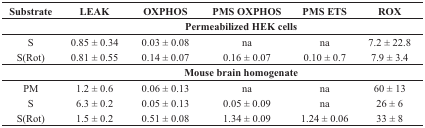
| Substrate | LEAK | OXPHOS | PMS OXPHOS | PMS ETS | ROX |
 | --- | --- | --- | --- | --- | --- |
 |  | <COLSPAN=5> Permeabilized HEK cells |
 | S | 0.85 ± 0.34 | 0.03 ± 0.08 | na | na | 7.2 ± 22.8 |
 | S(Rot) | 0.81 ± 0.55 | 0.14 ± 0.07 | 0.16 ± 0.07 | 0.10 ± 0.7 | 7.9 ± 3.4 |
 |  | <COLSPAN=5> Mouse brain homogenate |
 | PM | 1.2 ± 0.6 | 0.06 ± 0.13 | na | na | 60 ± 13 |
 | S | 6.3 ± 0.2 | 0.05 ± 0.13 | 0.05 ± 0.09 | na | 26 ± 6 |
 | S(Rot) | 1.5 ± 0.2 | 0.51 ± 0.08 | 1.34 ± 0.09 | 1.24 ± 0.06 | 33 ± 8 |